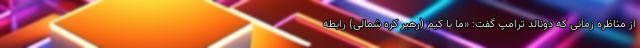
از مناظره زمانی که دونالد ترامپ گفت: «ما با کیم (رهبر کره شمالی) رابطه